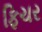
ફિચર